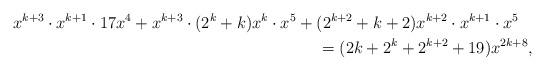
LaTeX: \begin{align*}\begin{multlined}x^{k+3} \cdot x^{k+1} \cdot 17 x^4+x^{k+3} \cdot (2^k+k)x^k \cdot x^5+(2^{k+2}+k+2)x^{k+2} \cdot x^{k+1} \cdot x^5 \\= (2 k + 2^k + 2^{k + 2} + 19) x^{2 k + 8},\end{multlined}\end{align*}